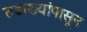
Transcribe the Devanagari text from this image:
तडाख्यांपासून